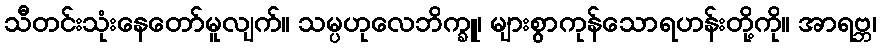
သီတင်းသုံးနေတော်မူလျက်။ သမ္ပဟုလေဘိက္ခူ၊ များစွာကုန်သောရဟန်းတို့ကို။ အာရဗ္ဘ၊